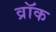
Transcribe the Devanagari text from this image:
व्रॉक